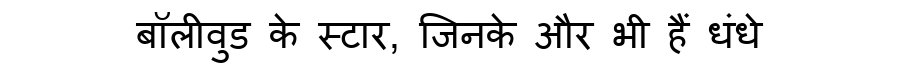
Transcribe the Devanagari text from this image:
बॉलीवुड के स्टार, जिनके और भी हैं धंधे